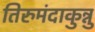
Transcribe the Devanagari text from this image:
तिरुमंदाकुन्नु